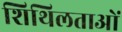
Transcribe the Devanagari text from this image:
शिथिलताओं